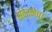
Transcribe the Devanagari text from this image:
संवेदनेचा